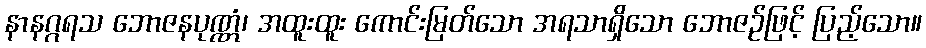
နာနဂ္ဂရသ ဘောဇနပုဏ္ဏံ၊ အထူးထူး ကောင်းမြတ်သော အရသာရှိသော ဘောဇဉ်ဖြင့် ပြည့်သော။